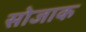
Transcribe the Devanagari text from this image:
सोजाक